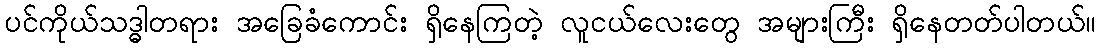
ပင်ကိုယ်သဒ္ဓါတရား အခြေခံကောင်း ရှိနေကြတဲ့ လူငယ်လေးတွေ အများကြီး ရှိနေတတ်ပါတယ်။